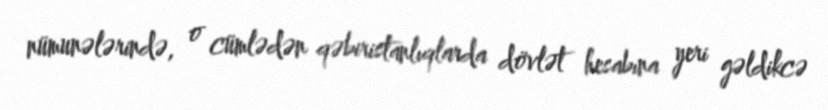
nümunələrində, o cümlədən qəbiristanlıqlarda dövlət hesabına yeri gəldikcə